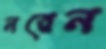
নরেন